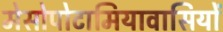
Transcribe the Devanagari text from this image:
मेसोपोटामियावासियों